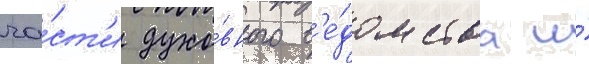
ча́ст'и духо́вного в'е́домства и́